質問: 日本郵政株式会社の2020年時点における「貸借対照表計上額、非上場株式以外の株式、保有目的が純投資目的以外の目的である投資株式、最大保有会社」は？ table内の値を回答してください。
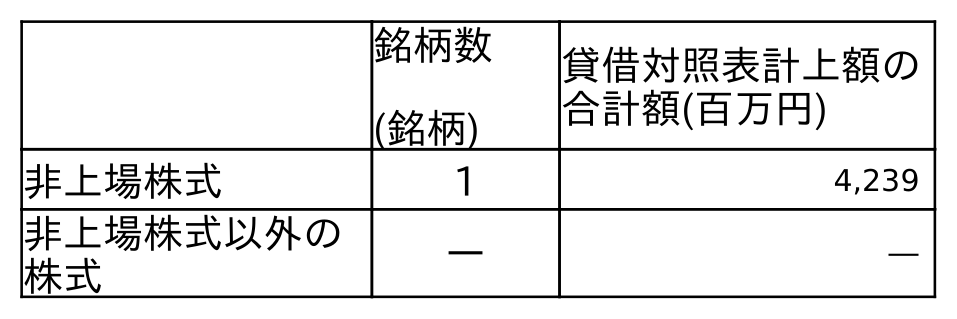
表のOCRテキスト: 銘柄数 (銘柄) 貸借対照表計上額の 合計額(百万円) 非上場株式 1 4,239 非上場株式以外の 株式 ― ―
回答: ―